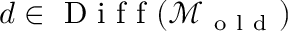
d \in \mathrm { ~ D ~ i ~ f ~ f ~ } ( \mathcal { M } _ { \mathrm { ~ o ~ l ~ d ~ } } )